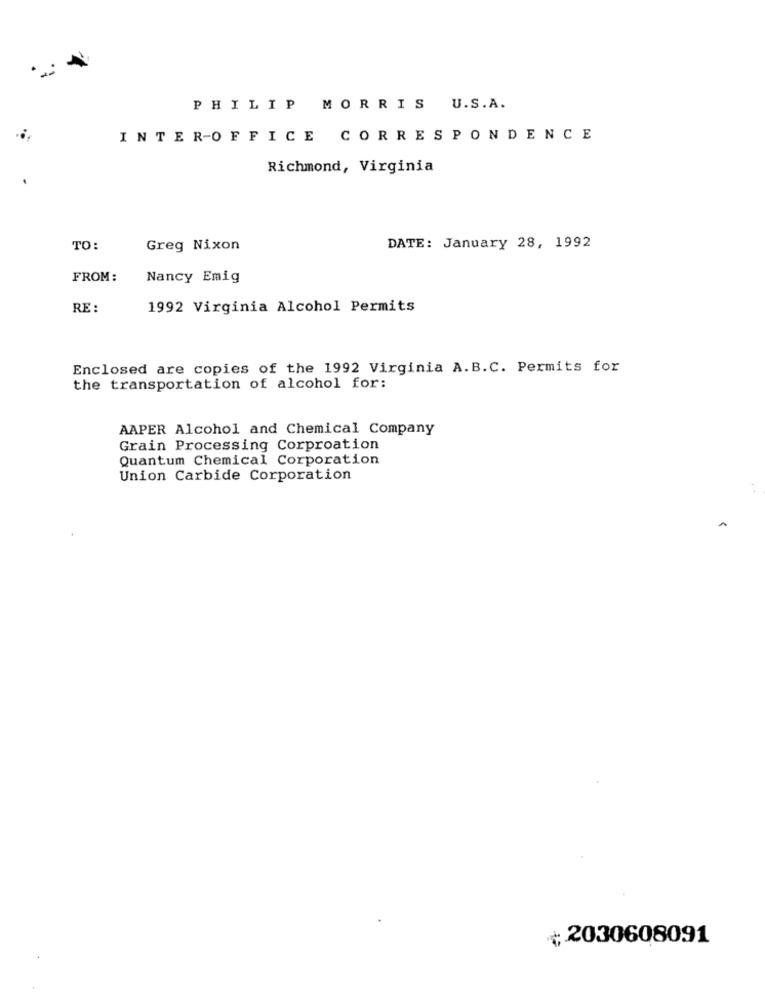
PHILIP MORRIS U.S.A.
INTER-OFFICE CORRESPONDENCE
Richmond, Virginia
TO:
Greg Nixon
DATE: January 28, 1992
FROM:
Nancy Emig
RE :
1992 Virginia Alcohol Permits
Enclosed are copies of the 1992 Virginia A.B.C. Permits for
the transportation of alcohol for:
AAPER Alcohol and Chemical Company
Grain Processing Corproation
Quantum Chemical Corporation
Union Carbide Corporation
. .
¢2030608091